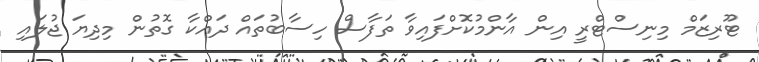
ޓޫރިޒަމް މިނިސްޓްރީ އިން އާންމުކޮށްފައިވާ ތަފާސް ހިސާބުތައް ދައްކާ ގޮތުން މިދިޔަ ޖުލައި